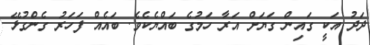
ދަދު އަކީ ގައިން ގަޔަށް އަރާ ހަމުގެ ބައްޔެކެވެ. ބައެއް ފަހަރު ގެންގުޅޭ